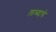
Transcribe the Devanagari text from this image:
लध्याचे